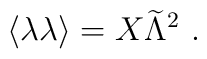
\langle \lambda\lambda\rangle =X {\widetilde \Lambda}^2~.